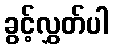
ခွင့်လွှတ်ပါ